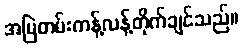
အမြဲတမ်းကန့်လန့်တိုက်ချင်သည်။